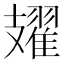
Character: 𫾥